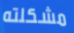
مشكلته